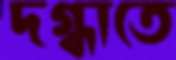
দগ্ধাতে